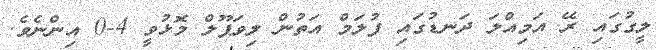
ލީގުގައި ރޭ އަމިއްލަ ދަނޑުގައި ފުލަމް އަތުން ލިވަޕޫލް މޮޅުވީ 4-0 އިންނެވެ.